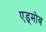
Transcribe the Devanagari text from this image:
एड्मोब